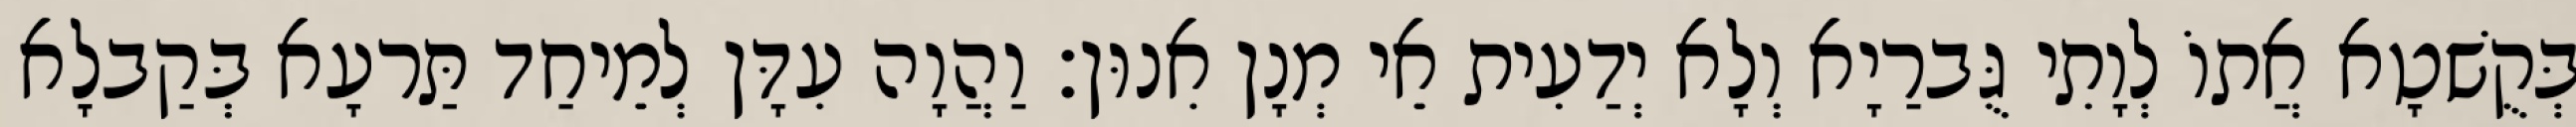
בְּקֻשׁטָא אֲתוֹ לְוָתִי גֻּברַיָא וְלָא יְדַעִית אֵי מְנָן אִנוּן׃ וַהֲוָה עִדָּן לְמֵיחַד תַּרעָא בְּקַבלָא